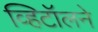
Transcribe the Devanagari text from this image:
व्हिटॉलने